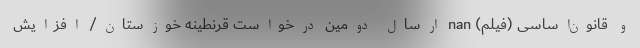
و قانون‌اساسی (فیلم) nan ارسال دومین درخواست قرنطینه خوزستان/ افزایش